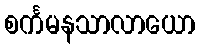
စင်္ကမနသာလာယော